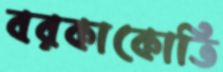
বরকাকোতি